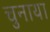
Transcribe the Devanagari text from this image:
चुनाया